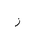
Letter: _zay